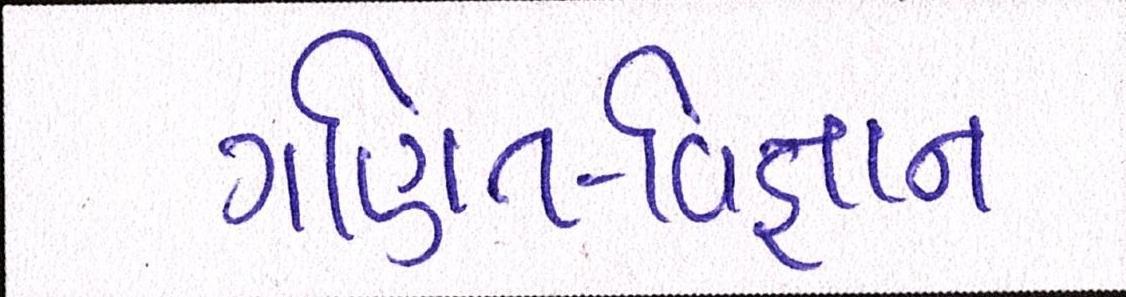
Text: ગણિત-વિજ્ઞાન